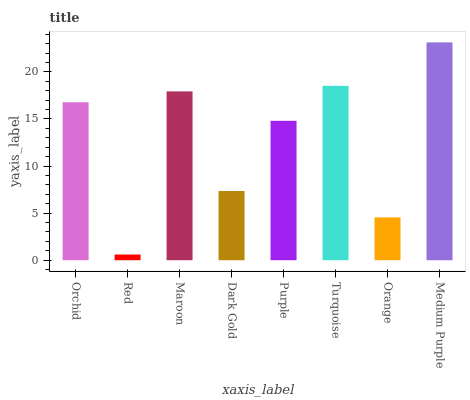
| xaxis_label | bars |
 | --- | --- |
 | Orchid | 16.8 |
 | Red | 0.608 |
 | Maroon | 17.9 |
 | Dark Gold | 7.35 |
 | Purple | 14.8 |
 | Turquoise | 18.5 |
 | Orange | 4.55 |
 | Medium Purple | 23.1 |